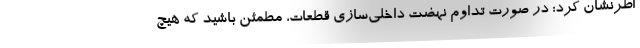
اطرنشان کرد: در صورت تداوم نهضت داخلی‌سازی قطعات، مطمئن باشید که هیچ